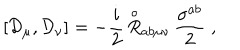
LaTeX: \left[ { \mathcal D } _ { \mu } , { \mathcal D } _ { \nu } \right] = - \frac { i } { 2 } \, { \stackrel { \circ } { R } } { } _ { a b \mu \nu } \, \frac { \sigma ^ { a b } } { 2 } \; ,